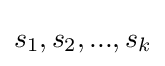
s_{1},s_{2},...,s_{k}